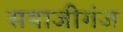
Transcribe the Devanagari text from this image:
सयाजीगंज